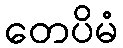
တေပိမံ